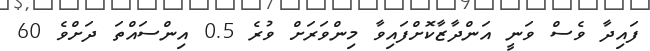
ފައިދާ ވެސް ވަނީ އަންދާޒާކޮށްފައިވާ މިންވަރަށް ވުރެ 0.5 އިންސައްތަ ދަށްވެ 60